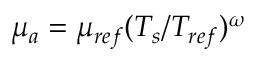
{ \mu } _ { a } = { \mu } _ { r e f } ( T _ { s } / T _ { r e f } ) ^ { \omega }